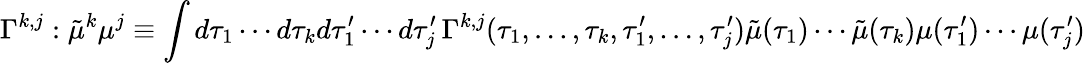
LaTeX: \Gamma^{k,j}:\tilde{\mu}^{k}\mu^{j}\equiv\int d\tau_{1}\cdots d\tau_{k}d\tau_{1}^{\prime}\cdots d\tau_{j}^{\prime}\, \Gamma^{k,j}(\tau_{1},\dots,\tau_{k},\tau_{1}^{\prime},\dots,\tau_{j}^{\prime})\tilde{\mu}(\tau_{1})\cdots\tilde{\mu}(\tau_{k})\mu(\tau_{1}^{\prime})\cdots\mu(\tau_{j}^{\prime})